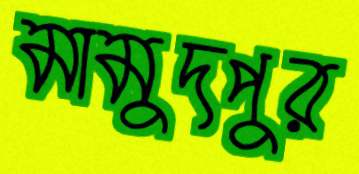
মামুদপুর